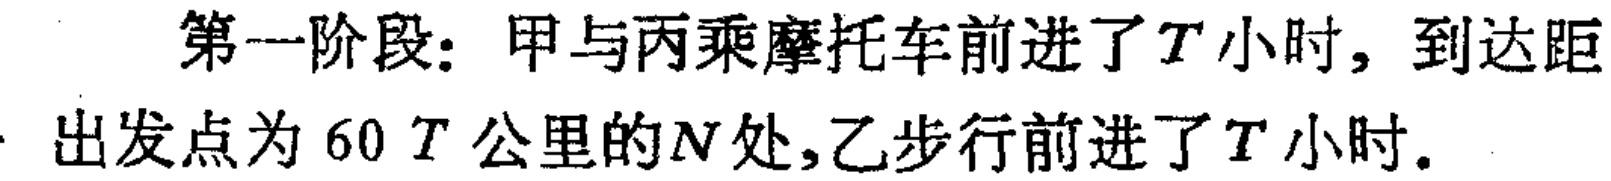
第一阶段：甲与丙乘摩托车前进了\(T\)小时，到达距出发点为\(60T\)公里的\(N\)处,乙步行前进了\(T\)小时。